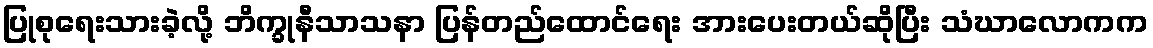
ပြုစုရေးသားခဲ့လို့ ဘိက္ခုနီသာသနာ ပြန်တည်ထောင်ရေး အားပေးတယ်ဆိုပြီး သံဃာလောကက